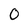
Character: 0